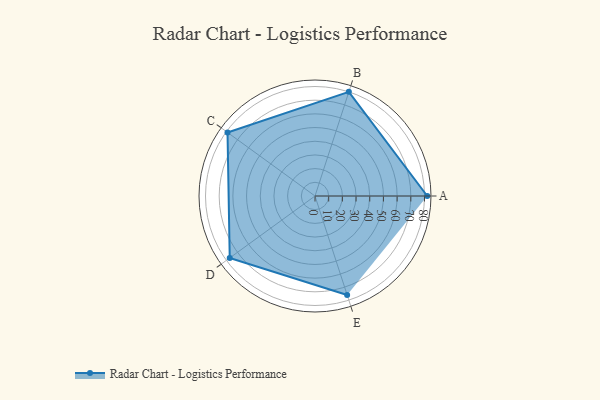
{"axis": {"x": "Skill", "y": "Score"}, "legend": ["Profile"], "data": [{"x": "A", "y": 82.0, "type": "Profile"}, {"x": "B", "y": 80.0, "type": "Profile"}, {"x": "C", "y": 79.0, "type": "Profile"}, {"x": "D", "y": 77.0, "type": "Profile"}, {"x": "E", "y": 76.0, "type": "Profile"}]}